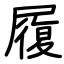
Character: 履